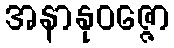
အနာနုဝဇ္ဇော